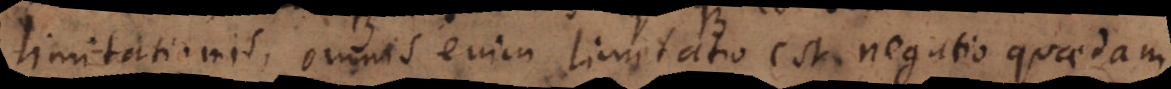
limitationis, omnis enim limitatio est negatio quaedam